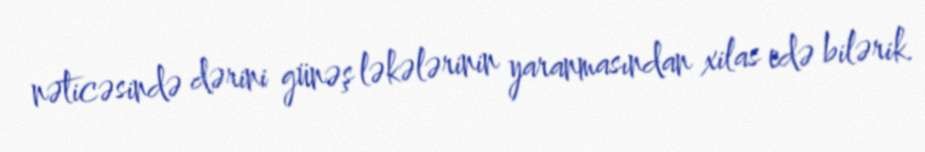
nəticəsində dərini günəş ləkələrinin yaranmasından xilas edə bilərik.